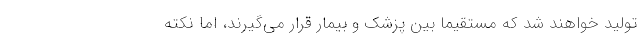
تولید خواهند شد که مستقیما بین پزشک و بیمار قرار می‌گیرند، اما نکته